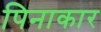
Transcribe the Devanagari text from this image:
पिनाकार